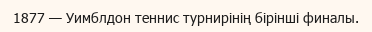
1877 — Уимблдон теннис турнирiнiң бiрiншi финалы.